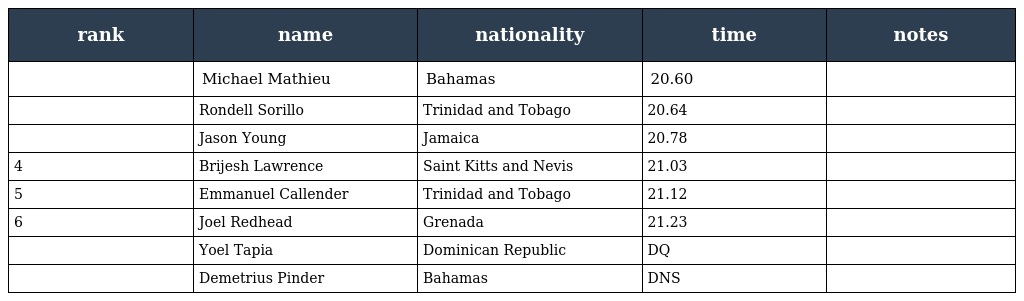
| rank | name | nationality | time | notes |
 | --- | --- | --- | --- | --- |
 |  | Michael Mathieu | Bahamas | 20.60 |  |
 |  | Rondell Sorillo | Trinidad and Tobago | 20.64 |  |
 |  | Jason Young | Jamaica | 20.78 |  |
 | 4 | Brijesh Lawrence | Saint Kitts and Nevis | 21.03 |  |
 | 5 | Emmanuel Callender | Trinidad and Tobago | 21.12 |  |
 | 6 | Joel Redhead | Grenada | 21.23 |  |
 |  | Yoel Tapia | Dominican Republic | DQ |  |
 |  | Demetrius Pinder | Bahamas | DNS |  |